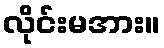
လိုင်းမအား။